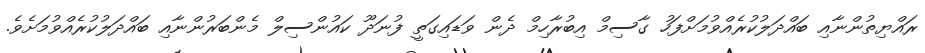
ރައްޔިތުންނާއި ބައްދަލުކުރެއްވުމަށްފަހު ގާސިމް އިބުރާހިމް ދެން ވަޑައިގަތީ ފުނަދޫ ކައުންސިލް މެންބަރުންނާއި ބައްދަލުކުރެއްވުމަށެވެ.